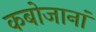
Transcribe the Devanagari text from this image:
कबोजानां